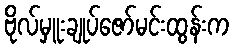
ဗိုလ်မှူးချုပ်ဇော်မင်းထွန်းက